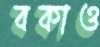
বকাও